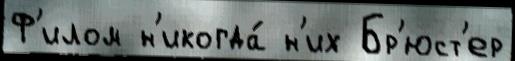
Ф'илом н'икогда́ н'их Бр'юст'ер